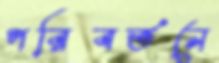
পরিবর্তনে